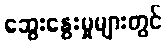
ဆွေးနွေးမှုများတွင်